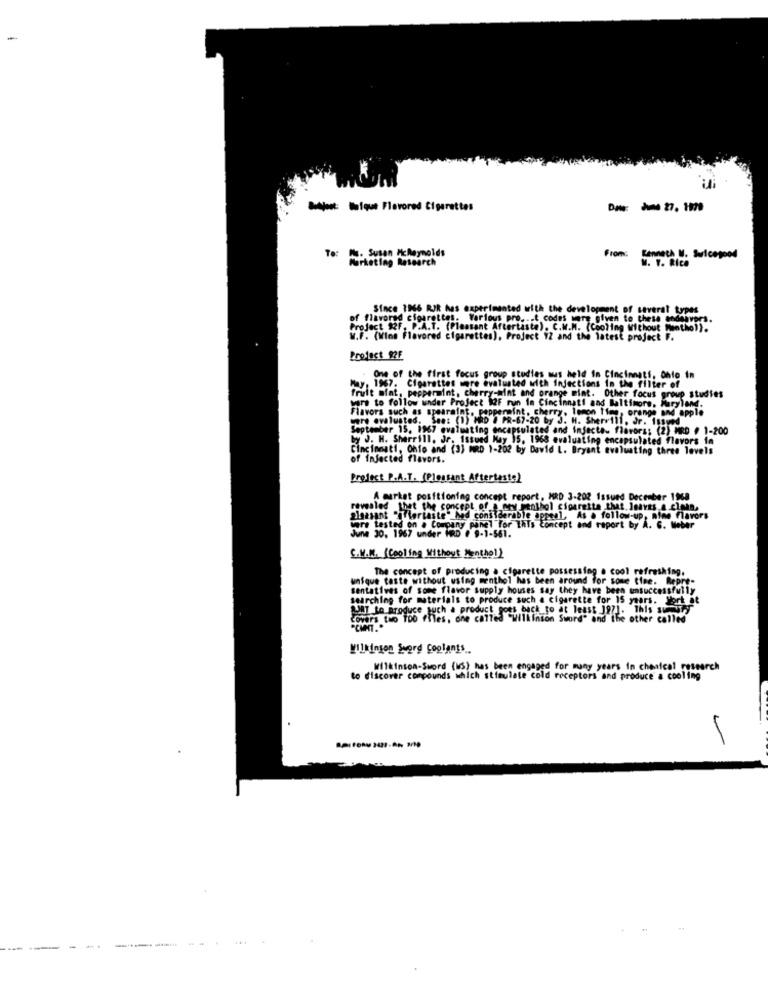
-
Buljoet: Ifque Flavored Cigarettes
Date: 27. 1179
To: I. Susan McReynolds
From:
Marketing Research
Kenneth W. Juicegood
N. Y. Rico
Since 1966 RIR has experimented with the development of several types
of flavored cigarettes. Various pro. .. t codes were given to these andahvor
Project 92F. P.A.T. (Pleasant Aftertaste), C.W.M. (Cooling Without Muntho)).
W.F. (Wine Flavored cigarettes), Project YZ and the latest project F.
Profect 92F
One of the first focus group studies mus held in Cincinnati, Ohio in
May, 1967. Cigarettes more evaluated with injections in the filter of
wars to follow under Project M2F mun in Cincinnati and Baltimore, Maryland.
and orange mint. Other focus group studies
Flavors such as spearmint. peppermint, cherry, lemon lime, orange and apple
ware evalusted. See: (1) HRD # PR-67-20 by J. H. Sherrill, Jr. 183900
September 15. 1967 evaluating encapsulated and injecte. flavors; (2) MRD # 1-200
by J. H. Sherrill, Jr. Issued May 15, 1968 evaluating encapsulated flavors in
Cincinnati, Ohio and (3) MRD 1-202 by David L. Bryant evaluating three levels
of injected flavors.
Project P.A.T. (Pleasant Aftertaste)
A market positioning concept report, MRD 3-202 Issued December 1968
revealed that the concept of a mey menthol cigarette that leaves a cima,
algasant "(fortaste" Med considerable appeal, As & follow-up, nine flavors
were tested on . Company panel for this Concept and report by A. G. Meber
June 30. 1967 under HRD # 9-1-561.
C.V.M. (Cooling Without Menthol)
The concept of producing a cigarette possessing . cool refreshing.
unique taste without using menthol has been around for some tire. Repre-
sentatives of some flavor supply houses say they have been unsuccessfully
searching for materials to produce such a cigarette for 15 years. York at
ANT to produce such a product goes back to at least 197]. This suty
Covers two Too files, one called "Wilkinson Sword" and the other called
Wilkinson Sword coplants
wilkinson-Sword (MS) has been engaged for many years in chanical research
to discover compounds which stimulate cold receptors and produce a cooling
----